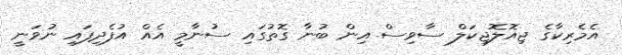
އެމެރިކާގެ ޖިއޮލޮޖިކަލް ސާވިސް އިން ބުނާ ގޮތުގައި ސުނާމީ އެއް އުފެދިފައި ނުވަނީ